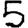
Digit: 5